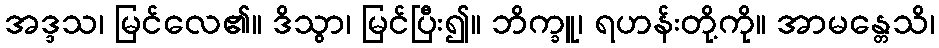
အဒ္ဒသ၊ မြင်လေ၏။ ဒိသွာ၊ မြင်ပြီး၍။ ဘိက္ခူ၊ ရဟန်းတို့ကို။ အာမန္တေသိ၊